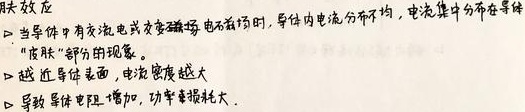
- 趋肤效应
    - 当导体中有交流电或交变磁场（电荷）时，导体内电流分布不均，电流集中分布在导体“皮肤”部分的现象。
    - 越靠近导体表面，电流密度越大。
    - 导致导体电阻增加，功率损耗大。